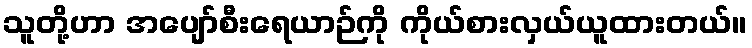
သူတို့ဟာ အပျော်စီးရေယာဉ်ကို ကိုယ်စားလှယ်ယူထားတယ်။